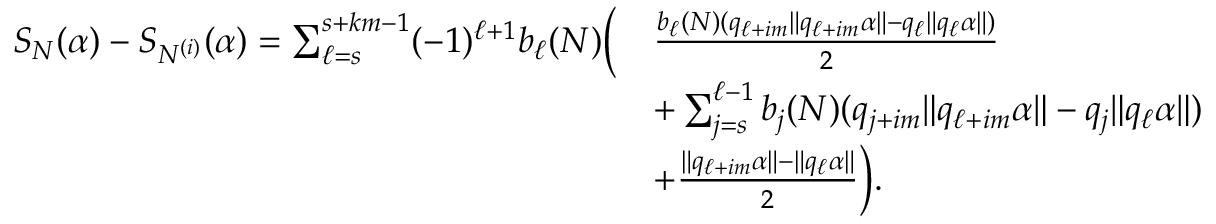
\begin{array} { r l } { S _ { N } ( \alpha ) - S _ { N ^ { ( i ) } } ( \alpha ) = \sum _ { \ell = s } ^ { s + k m - 1 } ( - 1 ) ^ { \ell + 1 } b _ { \ell } ( N ) \bigg ( } & { \frac { b _ { \ell } ( N ) ( q _ { \ell + i m } \| q _ { \ell + i m } \alpha \| - q _ { \ell } \| q _ { \ell } \alpha \| ) } { 2 } } \\ & { + \sum _ { j = s } ^ { \ell - 1 } b _ { j } ( N ) ( q _ { j + i m } \| q _ { \ell + i m } \alpha \| - q _ { j } \| q _ { \ell } \alpha \| ) } \\ & { + \frac { \| q _ { \ell + i m } \alpha \| - \| q _ { \ell } \alpha \| } { 2 } \bigg ) . } \end{array}